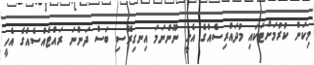
މިކަން ކުރުމަށްޓަކައި މުދައްރިސެއްގެ އެހީ ނޫންނަމަ އިނގިރޭސި ބަސް ދަންނަ ރައްޓެއްސެއްގެ އެހީ